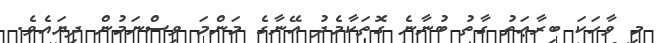
މި ވާހަކަ ބިރާޢަތު ގާތު ބުނާނެ ގޮތަކާމެދު އޭނާގެ މަންމަ ވިސްނަމުން ދިޔައެވެ.